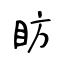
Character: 眆